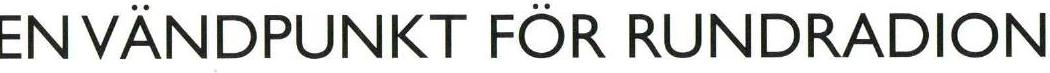
ENVANDPUNKT FÖR RUNDRADION